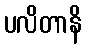
ပလိတာနိ